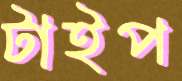
টাইপ